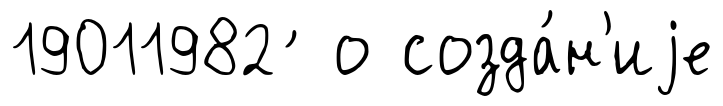
19011982 ́ о созда́н'иjе